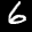
Label: 6